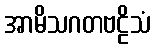
အာမိသဂတဗဠိသံ